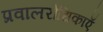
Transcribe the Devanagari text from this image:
प्रवालरोधिकाएँ